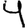
Digit: 4